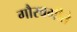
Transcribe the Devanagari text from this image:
गौरवगीते